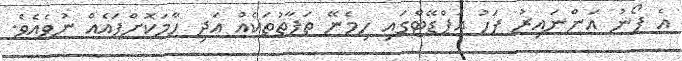
އެ ފޯނު އަންނައިރު ފަހު އަޕްޑޭޓްގައި ހިމެނޭ ތަފާތުތަކެއް އަދި ހާމަކޮށްފައެއް ނުވެއެވެ.